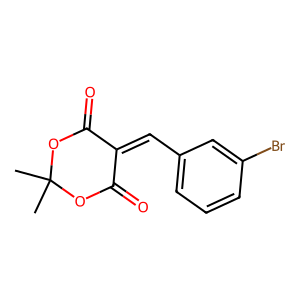
SMILES: CC1(C)OC(=O)C(=Cc2cccc(Br)c2)C(=O)O1
Inhibits HIV replication: No